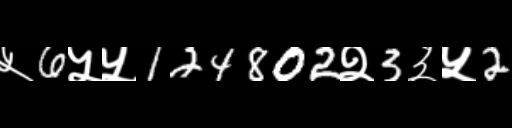
Text: ५6५५124802२3३५2